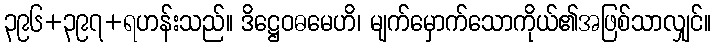
၃၉၆+၃၉၇+ရဟန်းသည်။ ဒိဋ္ဌေဝဓမေဟိ၊ မျက်မှောက်သောကိုယ်၏အဖြစ်သာလျှင်။